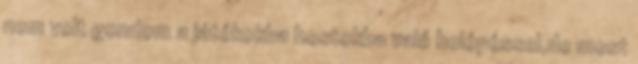
nem volt gondom a játékokba hostokba való belépéssel,de most